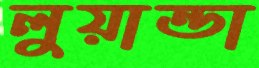
লুয়ান্ডা